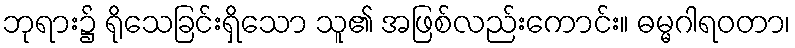
ဘုရား၌ ရိုသေခြင်းရှိသော သူ၏ အဖြစ်လည်းကောင်း။ ဓမ္မဂါရဝတာ၊